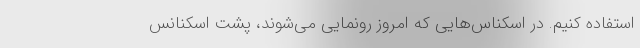
استفاده کنیم. در اسکناس‌هایی که امروز رونمایی می‌شوند، پشت اسکنانس